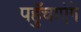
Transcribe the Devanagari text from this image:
पहुॅचाएंगे